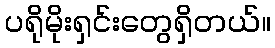
ပရိုမိုးရှင်းတွေရှိတယ်။